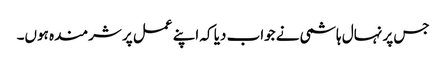
جس پر نہال ہاشمی نے جواب دیا کہ اپنے عمل پر شرمندہ ہوں۔